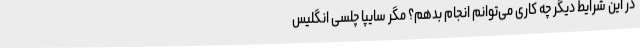
در این شرایط دیگر چه کاری می‌توانم انجام بدهم؟ مگر سایپا چلسی انگلیس